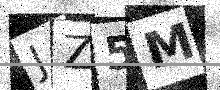
Text: JZ5M